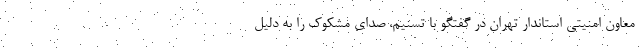
معاون امنیتی استاندار تهران در گفتگو با تسنیم، صدای مشکوک را به دلیل